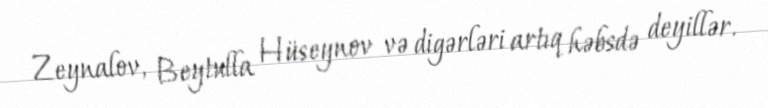
Zeynalov, Beytulla Hüseynov və digərləri artıq həbsdə deyillər.